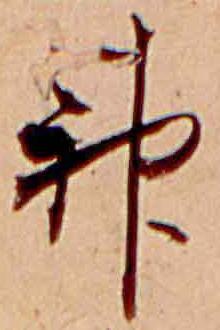
神